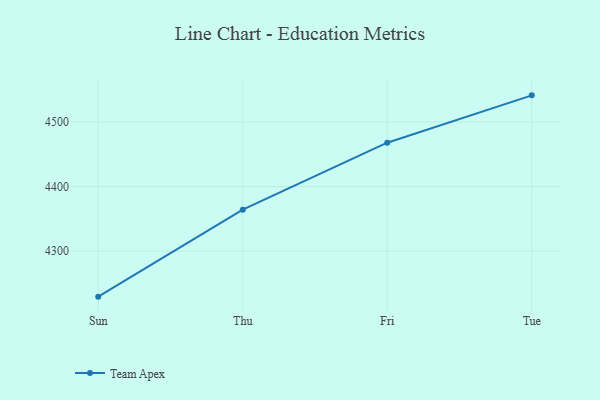
{"axis": {"x": "Day", "y": "Revenue (USD Million)"}, "legend": ["Team Apex"], "data": [{"x": "Sun", "y": 4229.6, "type": "Team Apex"}, {"x": "Thu", "y": 4364.3, "type": "Team Apex"}, {"x": "Fri", "y": 4467.9, "type": "Team Apex"}, {"x": "Tue", "y": 4541.2, "type": "Team Apex"}]}